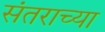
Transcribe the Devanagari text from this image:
संतराच्या